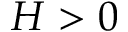
H > 0